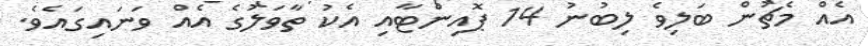
އެއް މެޗުން ބަލިވެ ލިބުނު 14 ޕޮއިންޓާއި އެކު ތާވަލުގެ އެއް ވަނައިގައެވެ.